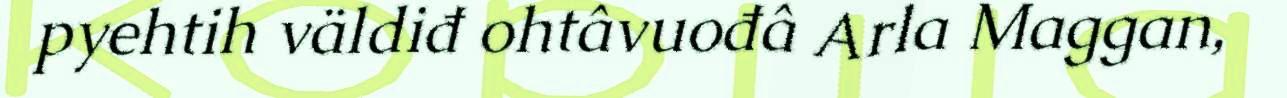
pyehtih väldiđ ohtâvuođâ Arla Maggan,